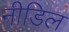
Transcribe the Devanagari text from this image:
नीडिल